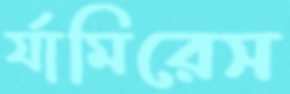
র‍্যামিরেস